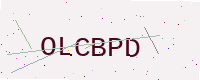
Text: OLCBPD